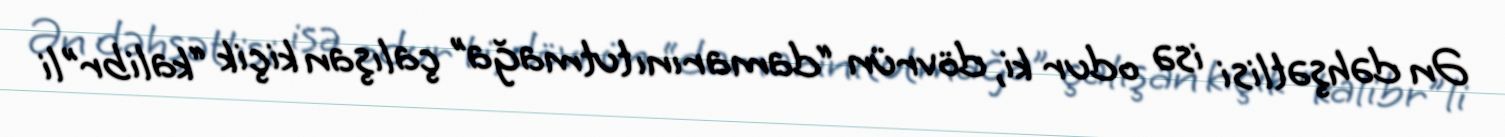
Ən dəhşətlisi isə odur ki, dövrün “damarını tutmağa” çalışan kiçik “kalibr”li